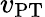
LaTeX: v_{\mathrm{PT}}